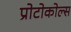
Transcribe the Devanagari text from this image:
प्रोटोकोल्स